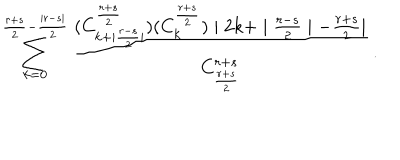
\sum _ { k = 0 } ^ { \frac { r + s } { 2 } - \frac { \mid r - s \mid } { 2 } } \frac { ( C _ { k + \mid \frac { r - s } { 2 } \mid } ^ { \frac { r + s } { 2 } } ) ( C _ { k } ^ { \frac { r + s } { 2 } } ) \mid 2 k + \mid \frac { r - s } { 2 } \mid - \frac { r + s } { 2 } \mid } { C _ { \frac { r + s } { 2 } } ^ { r + s } } \, .